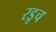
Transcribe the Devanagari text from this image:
रडूच